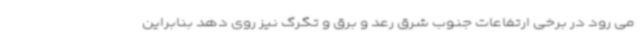
می رود در برخی ارتفاعات جنوب شرق رعد و برق و تگرگ نیز روی دهد بنابراین